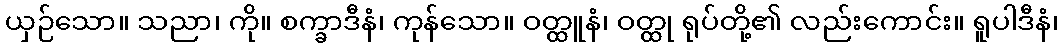
ယှဉ်သော။ သညာ၊ ကို။ စက္ခာဒီနံ၊ ကုန်သော။ ဝတ္ထူနံ၊ ဝတ္ထု ရုပ်တို့၏ လည်းကောင်း။ ရူပါဒီနံ၊